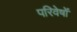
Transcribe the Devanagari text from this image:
परिवेषों